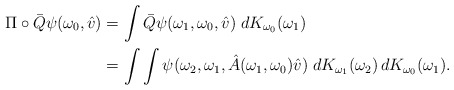
\begin{align*}\Pi\circ \bar{Q}\psi (\omega_0,\hat{v})&=\int \bar{Q}\psi(\omega_1,\omega_0,\hat{v}) \; dK_{\omega_0}(\omega_1)\\&=\int \int\psi(\omega_2,\omega_1, \hat{A}(\omega_1,\omega_0)\hat{v}) \; dK_{\omega_1}(\omega_2) \, dK_{\omega_0}(\omega_1).\end{align*}